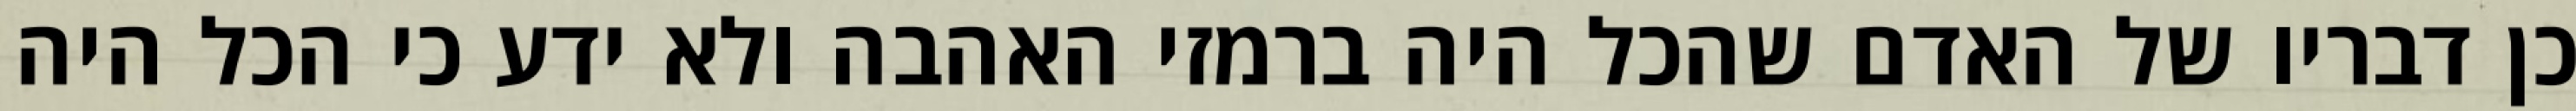
כן דבריו של האדם שהכל היה ברמזי האהבה ולא ידע כי הכל היה